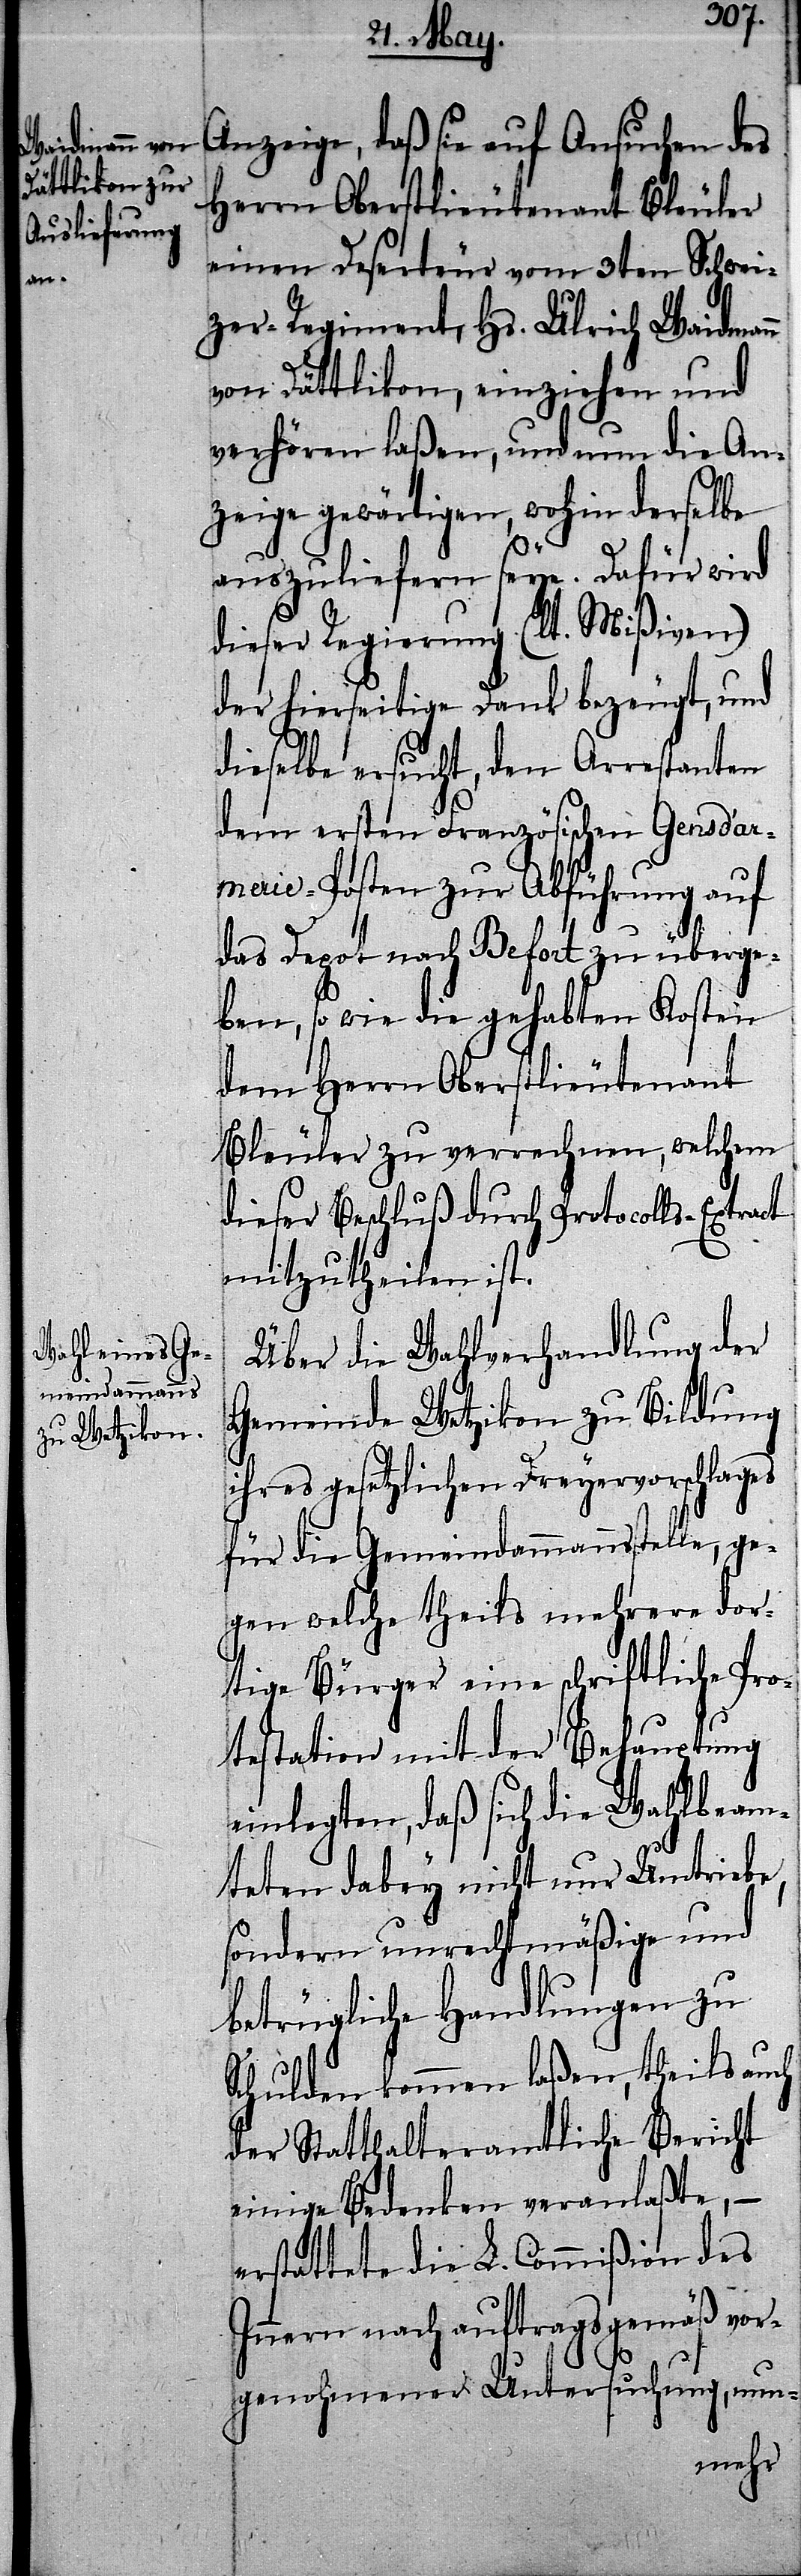
Anzeige, daß sie auf Ansuchen des
Herrn Oberstlieutenant Bleuler
einen Deserteur vom 3ten Schwei¬
zer-Regiment, Hs. Ulrich Waidmann
von Dättlikon, einziehen und
verhören laßen, und nun die An¬
zeige gewärtigen, wohin derselbe
auszuliefern seye. Dafür wird
dieser Regierung (lt. Mißiven)
der hierseitige Dank bezeugt, und
dieselbe ersucht, den Arrestanten
dem ersten Französischen Gensd’a¬
rmerie-Posten zur Abführung auf
das Depot nach Befort zu überge¬
ben, so wie die gehabten Kosten
dem Herrn Oberstlieutenant
Bleuler zu verrechnen, welchem
dieser Beschluß durch Protocolls-Extract
mitzutheilen ist.
Über die Wahlverhandlung der
Gemeinde Wetzikon zu Bildung
ihres gesetzlichen Dreyervorschlages
für die Gemeindammannsstelle, ge¬
gen welche theils mehrere dor¬
tige Bürger eine schriftliche Pro¬
testation mit der Behauptung
einlegten, daß sich die Wahlbeam¬
teten dabey nicht nur Umtriebe,
sondern unrechtmäßige und
betrügliche Handlungen zu
Schulden kommen laßen, theils au¬
der Statthalteramtliche Bericht
einige Bedenken veranlaßte, –
erstattete die L. Commißion des
Innern nach auftragsgemäß vor¬
ch
genohmener Untersuchung, nun-